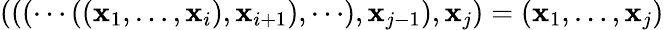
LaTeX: (((\cdots((\mathbf{x}_{1},\dots,\mathbf{x}_{i}),\mathbf{x}_{i+1}),\cdots),\mathbf{x}_{j-1}),\mathbf{x}_{j})=(\mathbf{x}_{1},\dots,\mathbf{x}_{j})